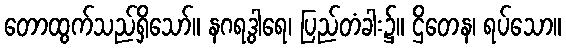
တောထွက်သည်ရှိသော်။ နဂရဒွါရေ၊ ပြည်တံခါး၌။ ဌိတေန၊ ရပ်သော။